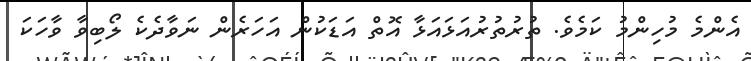
އެންމެ މުހިންމު ކަމެވެ. ތުރުތުރުއަޅައަޅާ އޮތް އަޑަކުން އަހަރެން ނަވާދެކެ ލޯބިވާ ވާހަކަ